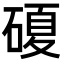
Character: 𥔹